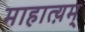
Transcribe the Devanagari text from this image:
माहात्य़म्